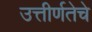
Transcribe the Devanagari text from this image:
उत्तीर्णतेचे